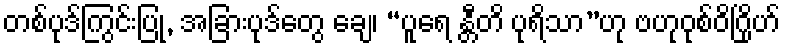
တစ်ပုဒ်ကြွင်းပြု, အခြားပုဒ်တွေ ချေ၊ “ပူရေ န္တီတိ ပုရိသာ”ဟု ဗဟုဝုစ်ဝိဂြိုဟ်